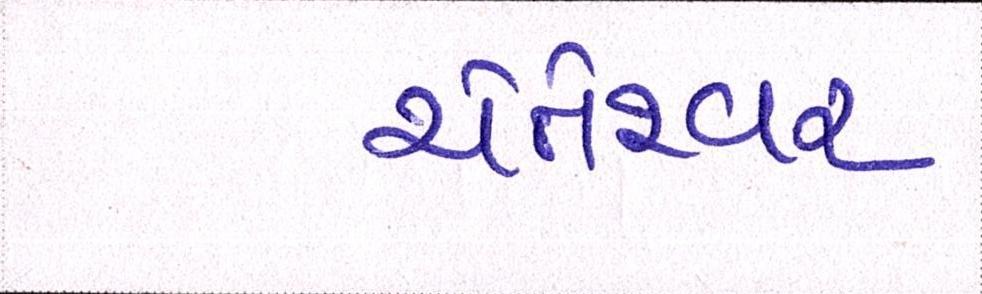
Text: ચેતેશ્ર્વર